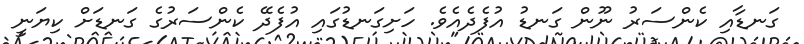
ގަނޑާއި ކެންސަރު ނޫން ގަނޑު އުފެދެއެވެ. ހަށިގަނޑުގައި އުފެދޭ ކެންސަރުގެ ގަނޑަށް ކިޔަނީ